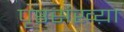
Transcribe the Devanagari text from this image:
पृष्ठसंख्य़ा